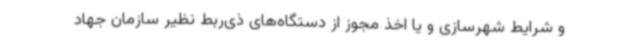
و شرایط شهرسازی و یا اخذ مجوز از دستگاه‌های ذی‌ربط نظیر سازمان جهاد